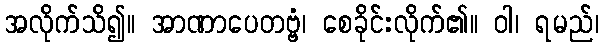
အလိုက်သိ၍။ အာဏာပေတဗ္ဗံ၊ စေခိုင်းလိုက်၏။ ဝါ၊ ရမည်၊